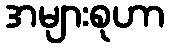
အများစုဟာ